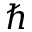
\hslash